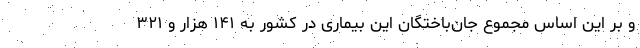
و بر این اساس مجموع جان‌باختگان این بیماری در کشور به ۱۴۱ هزار و ۳۲۱